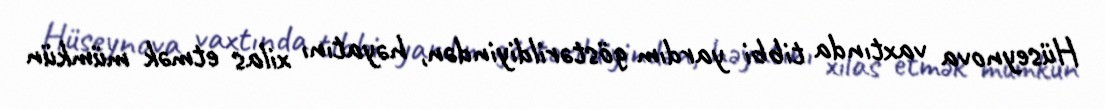
Hüseynova vaxtında tibbi yardım göstərildiyindən, həyatını xilas etmək mümkün